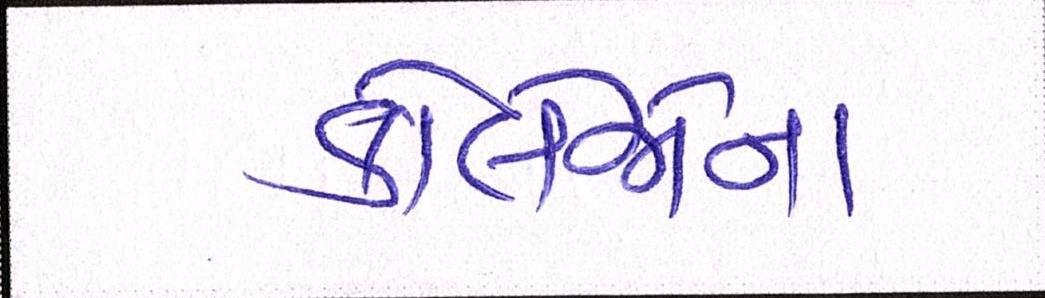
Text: કોલેજોના